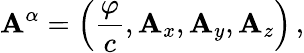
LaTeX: \mathbf{A}^{\alpha}=\left({\frac{{\varphi}}{{c}}},\mathbf{A}_{x},\mathbf{A}_{y},\mathbf{A}_{z}\right)\, ,